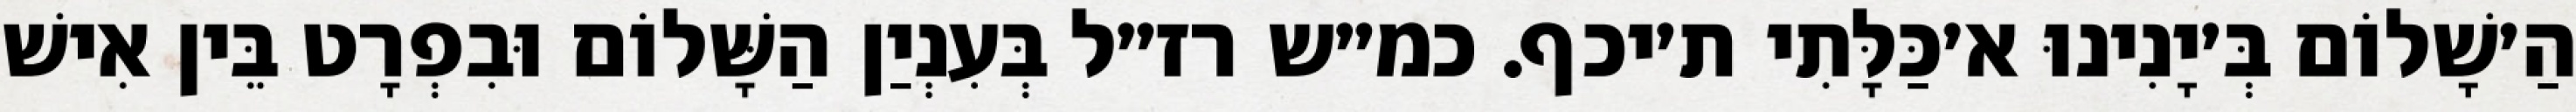
הַ׳שָׁלוֹם בְּ׳יָנִינוּ א׳כַּלָּתִי ת׳יכף. כמ״ש רז״ל בְּעִנְיַן הַשָּׁלוֹם וּבִפְרָט בֵּין אִישׁ